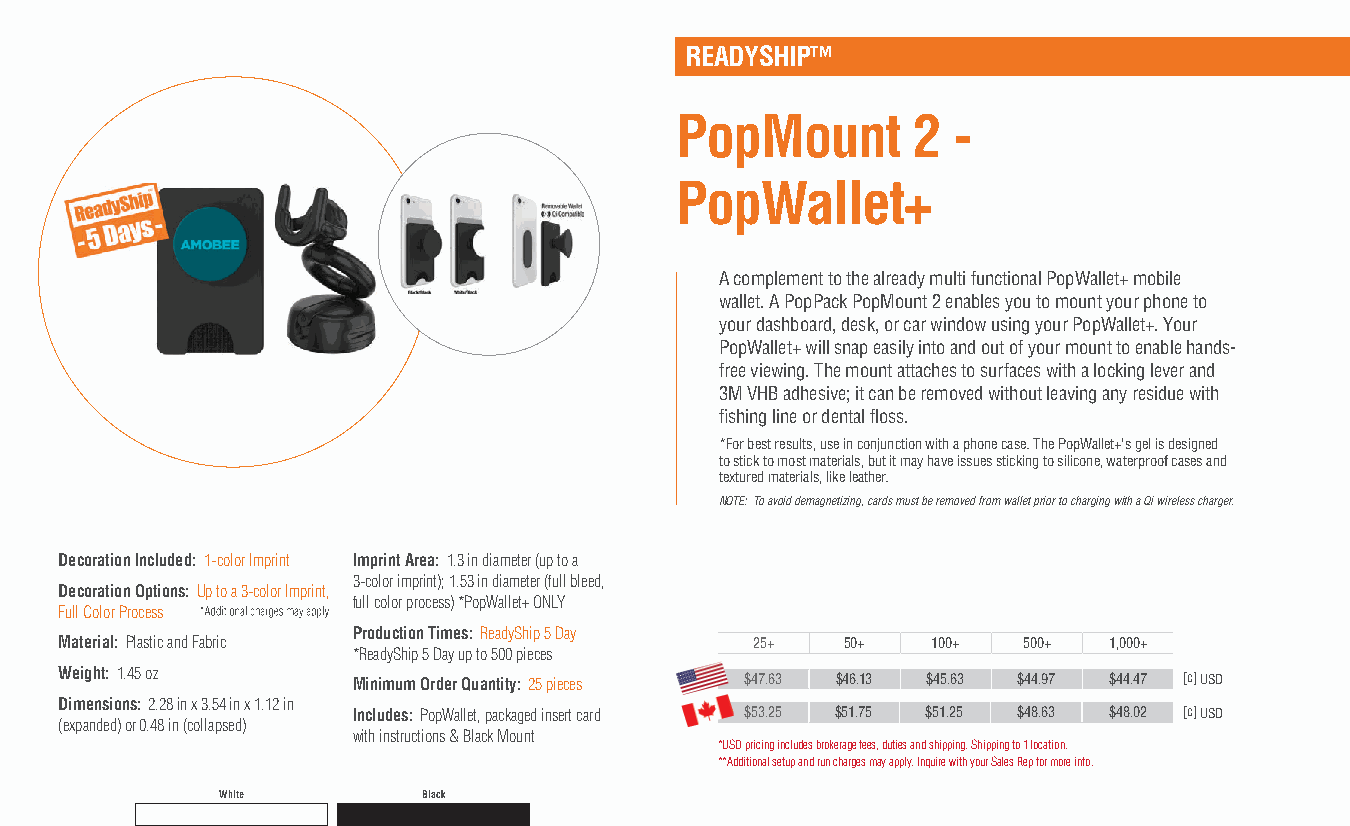
READYSHIP™
 PopMount       2  -
 PopWallet+
 A complement to the already multi functional PopWallet+ mobile
 wallet. A PopPack PopMount 2 enables you to mount your phone to
 your dashboard, desk, or car window using your PopWallet+. Your
 PopWallet+ will snap easily into and out of your mount to enable hands-
 free viewing. The mount attaches to surfaces with a locking lever and
 3M VHB adhesive; it can be removed without leaving any residue with
 fishing line or dental floss.
 *For best results, use in conjunction with a phone case. The PopWallet+'s gel is designed
 to stick to most materials, but it may have issues sticking to silicone, waterproof cases and
 textured materials, like leather.
 NOTE: To avoid demagnetizing, cards must be removed from wallet prior to charging with a Qi wireless charger.
 Decoration Included: 1-color Imprint Imprint Area: 1.3 in diameter (up to a
 3-color imprint); 1.53 in diameter (full bleed,
 Decoration Options: Up to a 3-color Imprint,
 full color process) *PopWallet+ ONLY
 Full Color Process
 Production Times: ReadyShip 5 Day
 Material: Plastic and Fabric                  25+   50+   100+  500+ 1,000+
 *ReadyShip 5 Day up to 500 pieces
 Weight: 1.45 oz    Minimum Order Quantity: 25 pieces $47.63 $46.13 $45.63 $44.97 $44.47 [c] USD
 Dimensions: 2.28 in x 3.54 in x 1.12 in
 Includes: PopWallet, packaged insert card $53.25 $51.75 $51.25 $48.63 $48.02 [c] USD
 (expanded) or 0.48 in (collapsed)
 with instructions & Black Mount
 *USD pricing includes brokerage fees, duties and shipping. Shipping to 1 location.
 **Additional setup and run charges may apply. Inquire with your Sales Rep for more info.
 White        Black